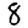
Digit: 8